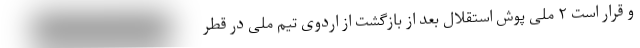
و قرار است ۲ ملی پوش استقلال بعد از بازگشت از اردوی تیم ملی در قطر